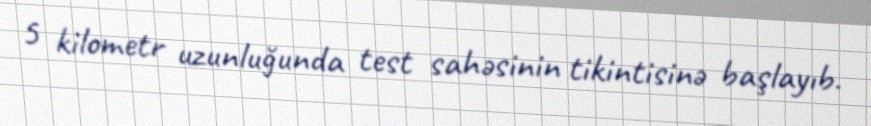
5 kilometr uzunluğunda test sahəsinin tikintisinə başlayıb.